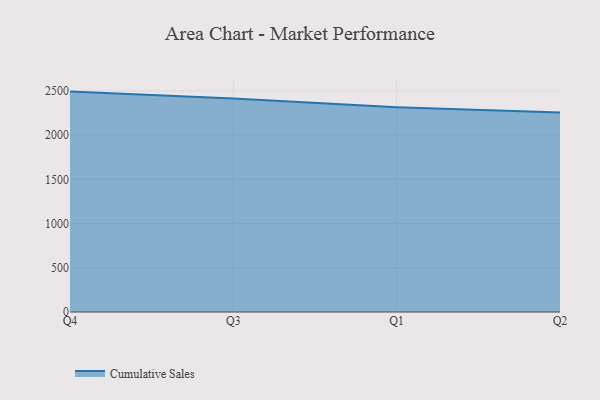
{"axis": {"x": "Quarter", "y": "Tickets Resolved"}, "legend": ["Cumulative Sales"], "data": [{"x": "Q4", "y": 2492.2, "type": "Cumulative Sales"}, {"x": "Q3", "y": 2413.4, "type": "Cumulative Sales"}, {"x": "Q1", "y": 2314.7, "type": "Cumulative Sales"}, {"x": "Q2", "y": 2255.4, "type": "Cumulative Sales"}]}